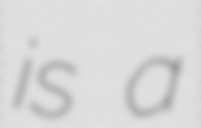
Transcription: is a